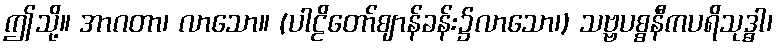
ဤသို့။ အာဂတာ၊ လာသော။ (ပါဠိတော်ဈာန်ခန်း၌လာသော၊) သဗ္ဗပစ္စနီကပရိသုဒ္ဓာ၊